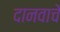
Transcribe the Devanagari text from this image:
दानवाचे